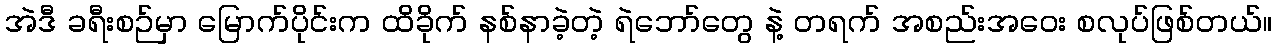
အဲဒီ ခရီးစဉ်မှာ မြောက်ပိုင်းက ထိခိုက် နစ်နာခဲ့တဲ့ ရဲဘော်တွေ နဲ့ တရက် အစည်းအဝေး စလုပ်ဖြစ်တယ်။